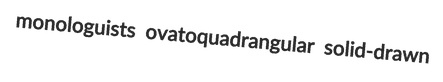
monologuists ovatoquadrangular solid-drawn